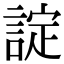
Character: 諚